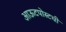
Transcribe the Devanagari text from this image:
आऊटपोस्टची